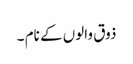
ذوق والوں کے نام ۔